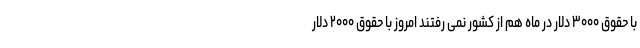
با حقوق ۳۰۰۰ دلار در ماه هم از کشور نمی رفتند امروز با حقوق ۲۰۰۰ دلار